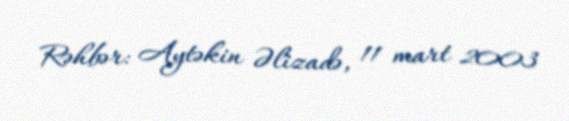
Rəhbər: Aytəkin Əlizadə, 11 mart 2003